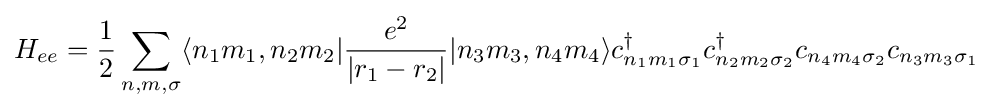
\displaystyle H_{ee}={\frac {1}{2}}\sum _{n,m,\sigma }\langle n_{1}m_{1},n_{2}m_{2}|{\frac {e^{2}}{|r_{1}-r_{2}|}}|n_{3}m_{3},n_{4}m_{4}\rangle c_{n_{1}m_{1}\sigma _{1}}^{\dagger }c_{n_{2}m_{2}\sigma _{2}}^{\dagger }c_{n_{4}m_{4}\sigma _{2}}c_{n_{3}m_{3}\sigma _{1}}